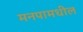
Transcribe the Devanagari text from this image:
मनपामधील